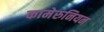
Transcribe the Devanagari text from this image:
कामेरुनियन